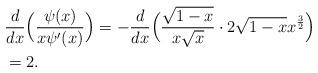
LaTeX: \begin{align*}&\frac{d}{dx}\Big(\frac{\psi(x)}{x\psi'(x)}\Big)=-\frac{d}{dx}\Big(\frac{\sqrt{1-x}}{x \sqrt{x}}\cdot 2\sqrt{1-x} x^{\frac{3}{2}}\Big)\\&=2.\end{align*}